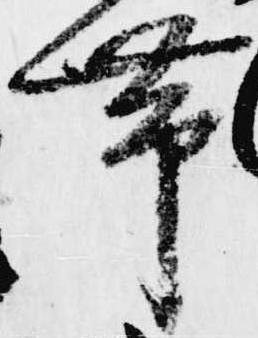
帯